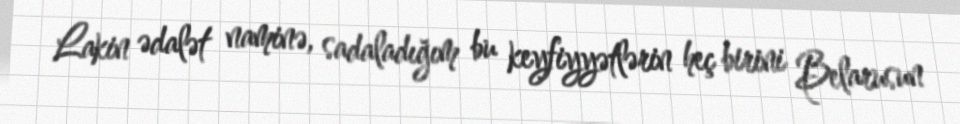
Lakin ədalət naminə, sadaladığım bu keyfiyyətlərin heç birini Belarusun